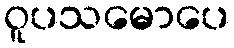
ဝူပသမောပေ